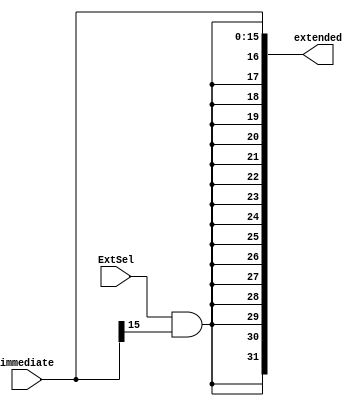
`timescale 1ns / 1ps

module SignZeroExtend(
	input ExtSel,
	input [15:0] immediate,
	output [31:0] extended
	);
	
	assign extended = {{16{ExtSel & immediate[15]}}, immediate};
	
endmodule